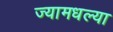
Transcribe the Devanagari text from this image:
ज्यामधल्या